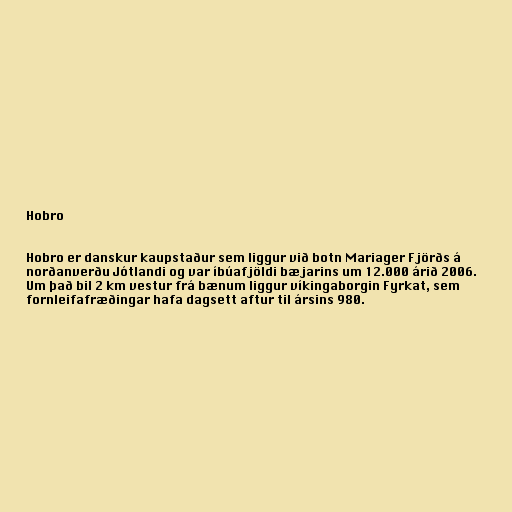
Hobro

Hobro er danskur kaupstaður sem liggur við botn Mariager Fjörðs á
norðanverðu Jótlandi og var íbúafjöldi bæjarins um 12.000 árið 2006.
Um það bil 2 km vestur frá bænum liggur víkingaborgin Fyrkat, sem
fornleifafræðingar hafa dagsett aftur til ársins 980.